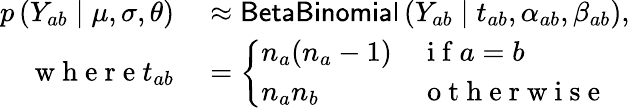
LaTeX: \begin{array}{rl}{p\left(Y_{ab}\mid\mu,\sigma,\theta\right)}&{{}\approx\mathsf{BetaBinomial}\left(Y_{ab}\mid t_{ab},\alpha_{ab},\beta_{ab}\right),}\\ {\mathrm{~w~h~e~r~e~}t_{ab}}&{{}=\left\{ \begin{array}{ll}{n_{a}(n_{a}-1)}&{\mathrm{~i~f~}a=b}\\ {n_{a}n_{b}}&{\mathrm{~o~t~h~e~r~w~i~s~e~}}\end{array}\right.}\end{array}